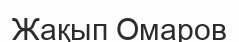
Жақып Омаров